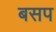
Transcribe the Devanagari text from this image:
बसप